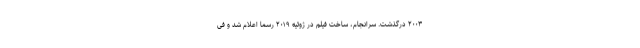
۲۰۰۳ درگذشت. سرانجام، ساخت فیلم در ژوئیه ۲۰۱۹ رسماً اعلام شد و فی